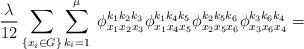
LaTeX: \begin{align*}\frac{\lambda}{12}\sum_{\{x_i\in G\}} \sum_{k_i=1}^{\mu}\; \phi^{k_1k_2k_3}_{x_1x_2x_3}\phi^{k_1k_4k_5}_{x_1x_4x_5}\phi^{k_2k_5k_6}_{x_2x_5x_6}\phi^{k_3k_6k_4}_{x_3x_6x_4}=\end{align*}